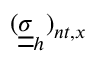
( \underline { { \underline { { \sigma } } } } _ { h } ) _ { n t , x }